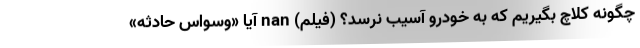
چگونه کلاچ بگیریم که به خودرو آسیب نرسد؟ (فیلم) nan آیا «وسواس حادثه»